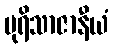
ပုရိသာဇာနီယံ